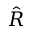
\hat { R }